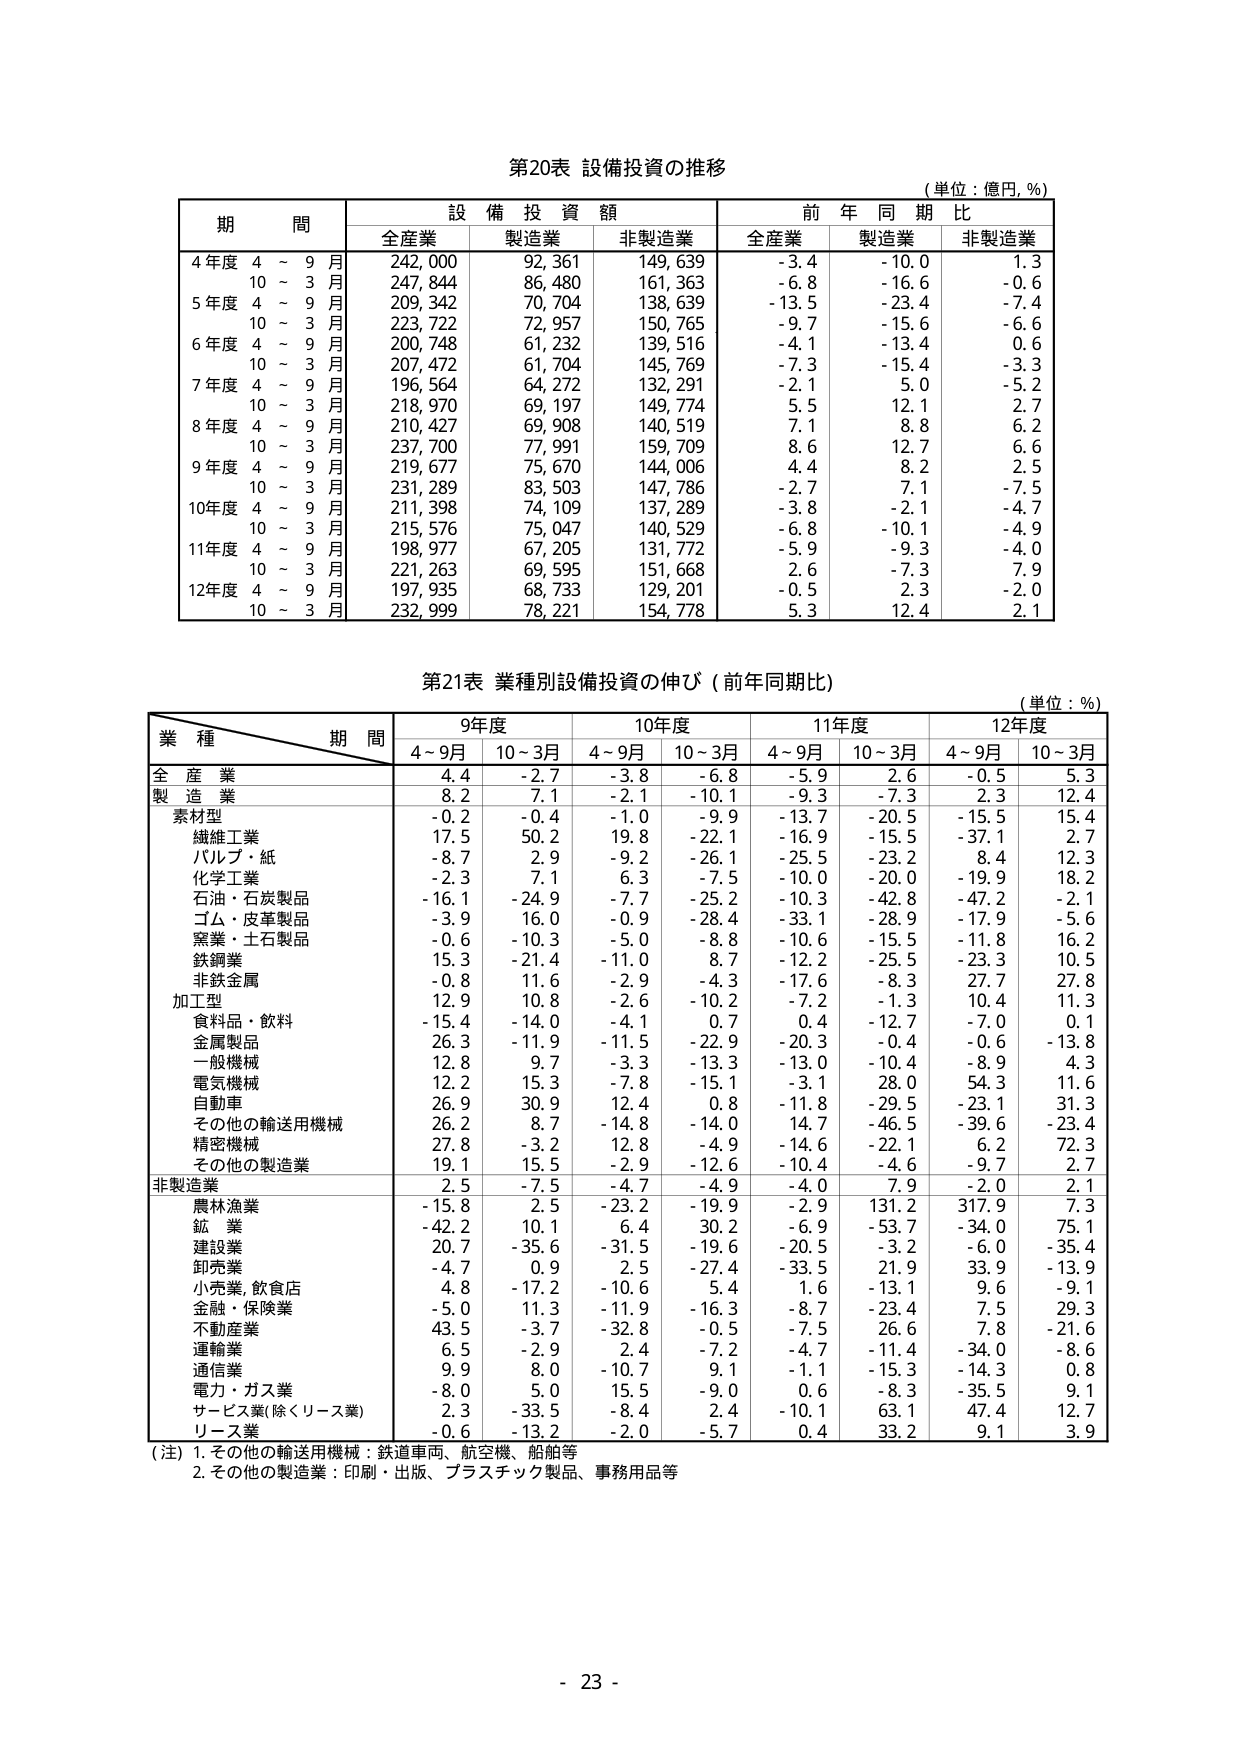
第20表 設備投資の推移
（単位：億円, %）

期 間 | 設 備 投 資 額 | 前 年 同 期 比
--- | --- | ---
 | 全産業 | 製造業 | 非製造業 | 全産業 | 製造業 | 非製造業
4年度 4～9月 | 242,000 | 92,361 | 149,639 | -3.4 | -10.0 | 1.3
　　　10～3月 | 247,844 | 86,480 | 161,363 | -6.8 | -16.6 | -0.6
5年度 4～9月 | 209,342 | 70,704 | 138,639 | -13.5 | -23.4 | -7.4
　　　10～3月 | 223,722 | 72,957 | 150,765 | -9.7 | -15.6 | -6.6
6年度 4～9月 | 200,748 | 61,232 | 139,516 | -4.1 | -13.4 | 0.6
　　　10～3月 | 207,472 | 61,704 | 145,769 | -7.3 | -15.4 | -3.3
7年度 4～9月 | 196,564 | 64,272 | 132,291 | -2.1 | 5.0 | -5.2
　　　10～3月 | 218,970 | 69,197 | 149,774 | 5.5 | 12.1 | 2.7
8年度 4～9月 | 210,427 | 69,908 | 140,519 | 7.1 | 8.8 | 6.2
　　　10～3月 | 237,700 | 77,991 | 159,709 | 8.6 | 12.7 | 6.6
9年度 4～9月 | 219,677 | 75,670 | 144,006 | 4.4 | 8.2 | 2.5
　　　10～3月 | 231,289 | 83,503 | 147,786 | -2.7 | 7.1 | -7.5
10年度 4～9月 | 211,398 | 74,109 | 137,289 | -3.8 | -2.1 | -4.7
　　　10～3月 | 215,576 | 75,047 | 140,529 | -6.8 | -10.1 | -4.9
11年度 4～9月 | 198,977 | 67,205 | 131,772 | -5.9 | -9.3 | -4.0
　　　10～3月 | 221,263 | 69,595 | 151,668 | 2.6 | -7.3 | 7.9
12年度 4～9月 | 197,935 | 68,733 | 129,201 | -0.5 | 2.3 | -2.0
　　　10～3月 | 232,999 | 78,221 | 154,778 | 5.3 | 12.4 | 2.1

第21表 業種別設備投資の伸び（前年同期比）
（単位：%）

業 種 \ 期 間 | 9年度 | 10年度 | 11年度 | 12年度
--- | --- | --- | --- | ---
 | 4～9月 | 10～3月 | 4～9月 | 10～3月 | 4～9月 | 10～3月 | 4～9月 | 10～3月
全産業 | 4.4 | -2.7 | -3.8 | -6.8 | -5.9 | 2.6 | -0.5 | 5.3
製造業 | 8.2 | 7.1 | -2.1 | -10.1 | -9.3 | -7.3 | 2.3 | 12.4
　素材型 | -0.2 | -0.4 | -1.0 | -9.9 | -13.7 | -20.5 | -15.5 | 15.4
　　繊維工業 | 17.5 | 50.2 | 19.8 | -22.1 | -16.9 | -15.5 | -37.1 | 2.7
　　パルプ・紙 | -8.7 | 2.9 | -9.2 | -26.1 | -25.5 | -23.2 | 8.4 | 12.3
　　化学工業 | -2.3 | 7.1 | 6.3 | -7.5 | -10.0 | -20.0 | -19.9 | 18.2
　　石油・石炭製品 | -16.1 | -24.9 | -7.7 | -25.2 | -10.3 | -42.8 | -47.2 | -2.1
　　ゴム・皮革製品 | -3.9 | 16.0 | -0.9 | -28.4 | -33.1 | -28.9 | -17.9 | -5.6
　　窯業・土石製品 | -0.6 | -10.3 | -5.0 | -8.8 | -10.6 | -15.5 | -11.8 | 16.2
　　鉄鋼業 | 15.3 | -21.4 | -11.0 | 8.7 | -12.2 | -25.5 | -23.3 | 10.5
　　非鉄金属 | -0.8 | 11.6 | -2.9 | -4.3 | -17.6 | -8.3 | 27.7 | 27.8
　加工型 | 12.9 | 10.8 | -2.6 | -10.2 | -7.2 | -1.3 | 10.4 | 11.3
　　食料品・飲料 | -15.4 | -14.0 | -4.1 | 0.7 | 0.4 | -12.7 | -7.0 | 0.1
　　金属製品 | 26.3 | -11.9 | -11.5 | -22.9 | -20.3 | -0.4 | -0.6 | -13.8
　　一般機械 | 12.8 | 9.7 | -3.3 | -13.3 | -13.0 | -10.4 | -8.9 | 4.3
　　電気機械 | 12.2 | 15.3 | -7.8 | -15.1 | -3.1 | 28.0 | 54.3 | 11.6
　　自動車 | 26.9 | 30.9 | 12.4 | 0.8 | -11.8 | -29.5 | -23.1 | 31.3
　　その他の輸送用機械 | 26.2 | 8.7 | -14.8 | -14.0 | 14.7 | -46.5 | -39.6 | -23.4
　　精密機械 | 27.8 | -3.2 | 12.8 | -4.9 | -14.6 | -22.1 | 6.2 | 72.3
　　その他の製造業 | 19.1 | 15.5 | -2.9 | -12.6 | -10.4 | -4.6 | -9.7 | 2.7
非製造業 | 2.5 | -7.5 | -4.7 | -4.9 | -4.0 | 7.9 | -2.0 | 2.1
　　農林漁業 | -15.8 | 2.5 | -23.2 | -19.9 | -2.9 | 131.2 | 317.9 | 7.3
　　鉱業 | -42.2 | 10.1 | 6.4 | 30.2 | -6.9 | -53.7 | -34.0 | 75.1
　　建設業 | 20.7 | -35.6 | -31.5 | -19.6 | -20.5 | -3.2 | -6.0 | -35.4
　　卸売業 | -4.7 | 0.9 | 2.5 | -27.4 | -33.5 | 21.9 | 33.9 | -13.9
　　小売業,飲食店 | 4.8 | -17.2 | -10.6 | 5.4 | 1.6 | -13.1 | 9.6 | -9.1
　　金融・保険業 | -5.0 | 11.3 | -11.9 | -16.3 | -8.7 | -23.4 | 7.5 | 29.3
　　不動産業 | 43.5 | -3.7 | -32.8 | -0.5 | -7.5 | 26.6 | 7.8 | -21.6
　　運輸業 | 6.5 | -2.9 | 2.4 | -7.2 | -4.7 | -11.4 | -34.0 | -8.6
　　通信業 | 9.9 | 8.0 | -10.7 | 9.1 | -1.1 | -15.3 | -14.3 | 0.8
　　電力・ガス業 | -8.0 | 5.0 | 15.5 | -9.0 | 0.6 | -8.3 | -35.5 | 9.1
　　サービス業(除くリース業) | 2.3 | -33.5 | -8.4 | 2.4 | -10.1 | 63.1 | 47.4 | 12.7
　　リース業 | -0.6 | -13.2 | -2.0 | -5.7 | 0.4 | 33.2 | 9.1 | 3.9

（注）1. その他の輸送用機械：鉄道車両、航空機、船舶等
　　　2. その他の製造業：印刷・出版、プラスチック製品、事務用品等

- 23 -